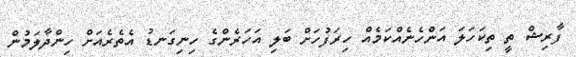
ފާރިޝް ތީ ތިކަހަލަ އަންހެނެއްކަމެއް ހިރަފުހަށް ބަލި އަހަރެންގެ ހިނިގަނޑު އެތެރެއަށް ހިންދާލަމުން